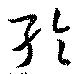
綸